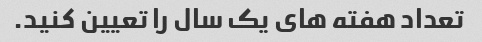
تعداد هفته های یک سال را تعیین کنید.